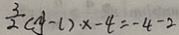
\frac { 3 } { 2 } ( y - 1 ) \cdot x - 4 = - 4 - 2